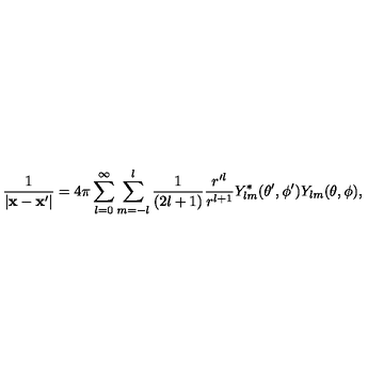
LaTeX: \frac { 1 } { | { \bf x - x ^ { \prime } } | } = 4 \pi \sum _ { l = 0 } ^ { \infty } \sum _ { m = - l } ^ { l } \frac { 1 } { ( 2 l + 1 ) } \frac { r ^ { \prime l } } { r ^ { l + 1 } } Y _ { l m } ^ { * } ( \theta ^ { \prime } , \phi ^ { \prime } ) Y _ { l m } ( \theta , \phi ) ,